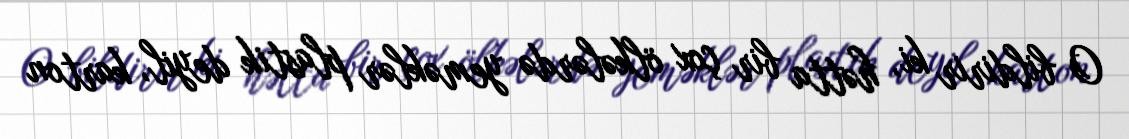
O bildirir ki, hətta bir çox ölkələrdə yeməklər plastik deyil, karton